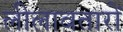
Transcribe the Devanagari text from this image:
लीलावतारों